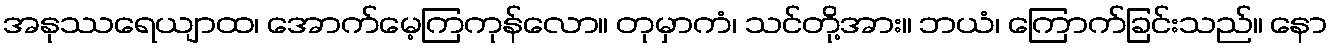
အနုဿရေယျာထ၊ အောက်မေ့ကြကုန်လော။ တုမှာကံ၊ သင်တို့အား။ ဘယံ၊ ကြောက်ခြင်းသည်။ နော